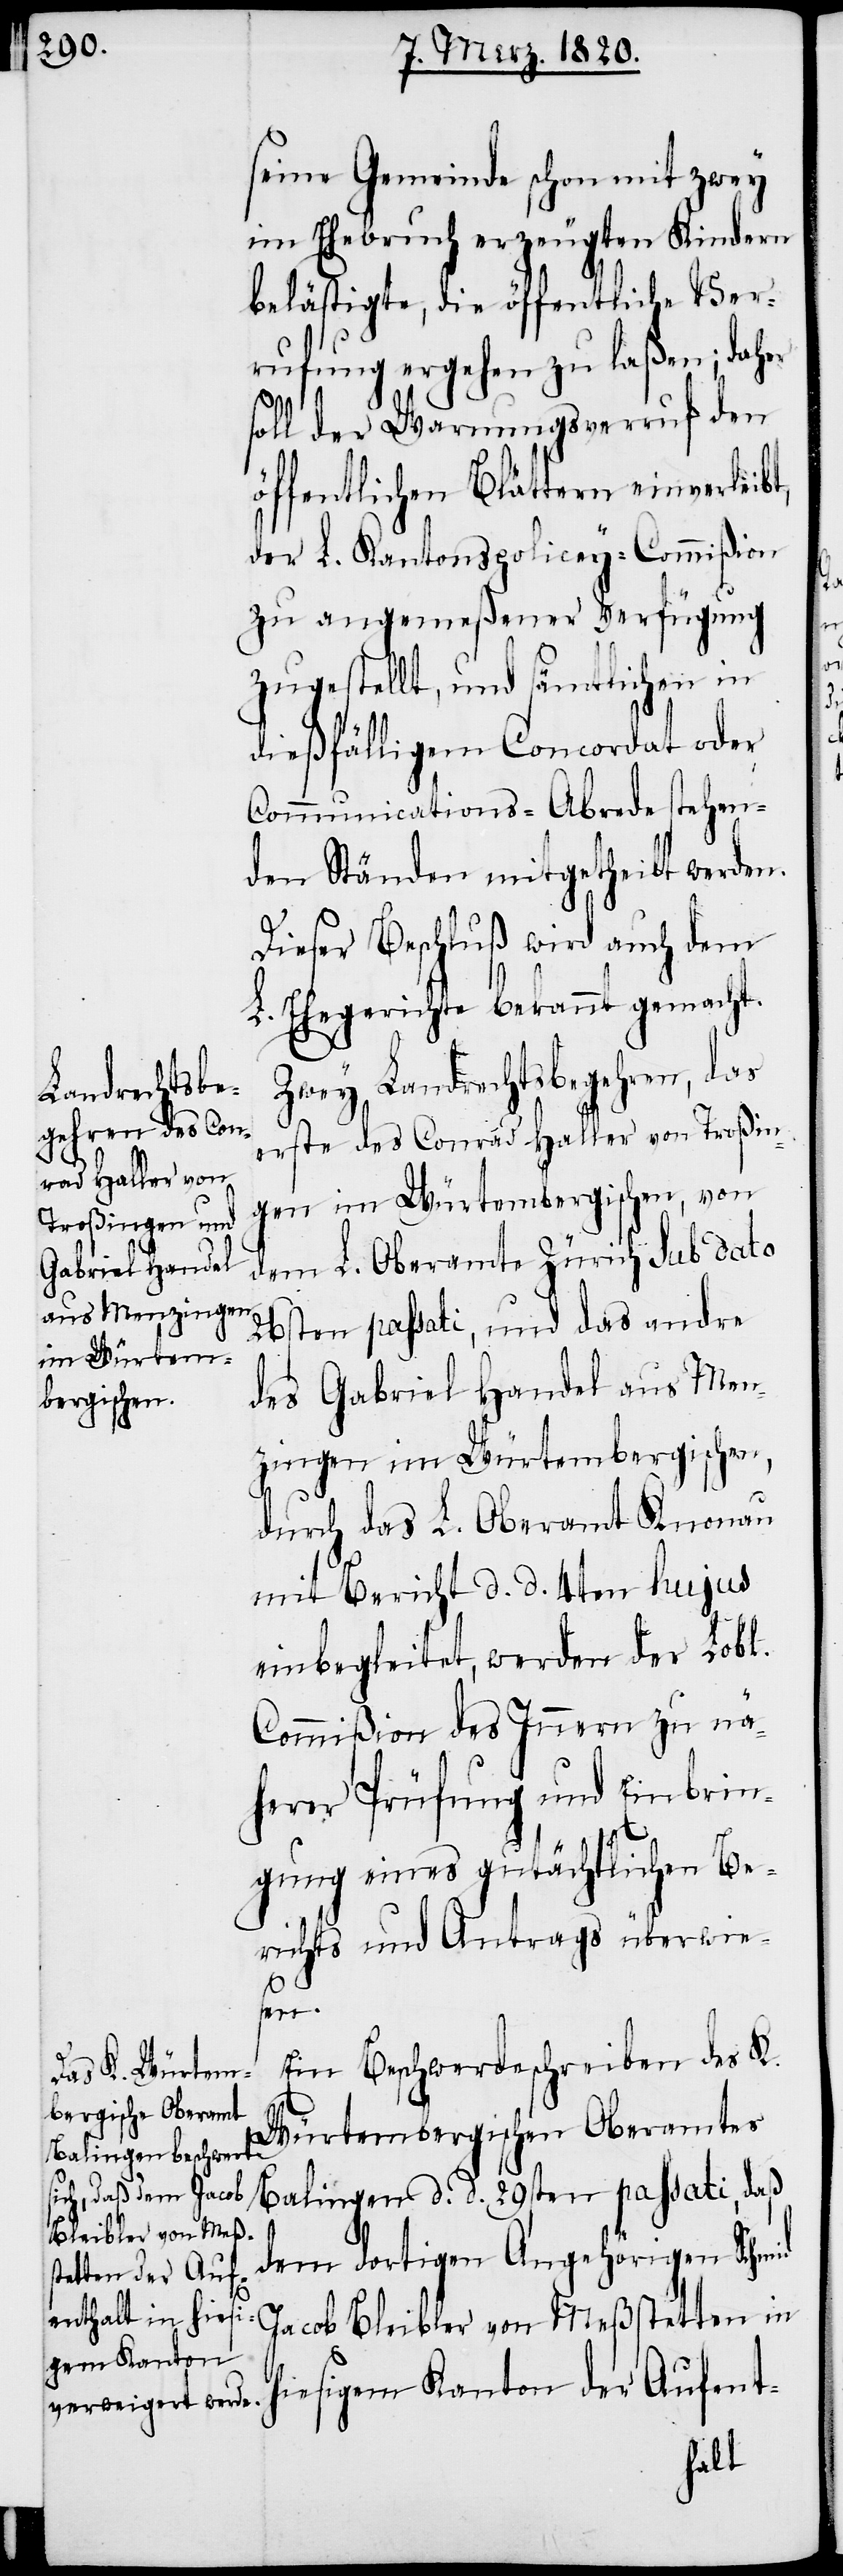
h¬
seine Gemeinde schon mit zwey
im Ehebruch erzeugten Kindern
belästigte, die öffentliche Ver¬
rufung ergehen zu laßen; daher
soll der Warnungsverruf den
öffentlichen Blättern einverleibt,
der L. Kantonspolicey-Commißion
zu angemeßener Verfügung
zugestellt, und sämtlichen in
dießfälligem Concordat oder
Communications-Abrede stehen¬
den Ständen mitgetheilt werden.
Dieser Beschluß wird auch dem
L. Ehegerichte bekannt gemacht.
Zwey Landrechtsbegehren, das
erste des Conrad Haller von Troßin¬
gen im Würtembergischen, von
dem L. Oberamte Zürich sub dato
26sten passati, und das andre
des Gabriel Handel aus Men¬
zingen im Würtembergischen,
durch das L. Oberamte Knonau
mit Bericht d. d. 4ten hujus
einbegleitet, werden der Lobl.
Commißion des Innern zu nä¬
herer Prüfung und Einbrin¬
gung eines gutächtlichen Be¬
richts und Antrags überwei¬
sen.
Ein Beschwerdeschreiben des K.
Würtembergischen Oberamtes
Balingen d d 29sten passati, daß
dem dortigen Angehörigen Schmid
Jacob Bleibler von Meßstetten in
iesigem Kanton der Aufent-